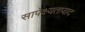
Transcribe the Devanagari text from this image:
सापेक्ष्यतावाद